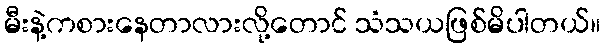
မီးနဲ့ကစားနေတာလားလို့တောင် သံသယဖြစ်မိပါတယ်။